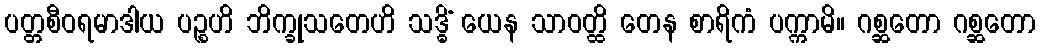
ပတ္တစီဝရမာဒါယ ပဉ္စဟိ ဘိက္ခုသတေဟိ သဒ္ဓိံ ယေန သာဝတ္ထိ တေန စာရိကံ ပက္ကာမိ။ ဂစ္ဆတော ဂစ္ဆတော